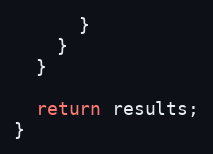
Language: JavaScript
      }
    }
  }

  return results;
}